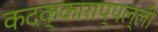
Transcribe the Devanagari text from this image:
कदक्काराप्पल्ली